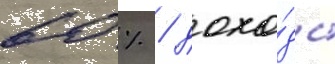
60 % / дохо́ды